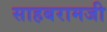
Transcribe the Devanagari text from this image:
साहबरामजी